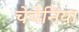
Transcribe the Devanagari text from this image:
चेचेनिया